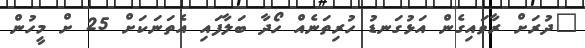
"ދުރަށް ރާވައިގެން އަޅުގަނޑު ހުރިތަނެއް ހޯދާ ބަލާފައި އެތަނަކަށް 25 ށް މީހުން